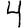
Digit: 4